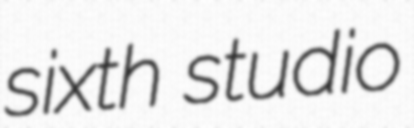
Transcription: sixth studio